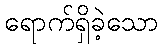
ရောက်ရှိခဲ့သော